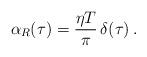
LaTeX: \begin{align*}\alpha _{R}(\tau ) = \frac{\eta T}{\pi }\,\delta (\tau ) \,.\end{align*}